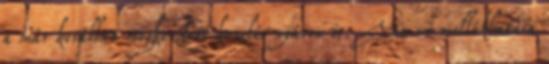
a már korábban megkezdett kezelés nyáron is. Van-e mellékhatása